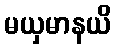
မယှမာနယိ